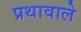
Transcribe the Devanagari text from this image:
प्रथावाले